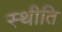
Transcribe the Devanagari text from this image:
स्थीति